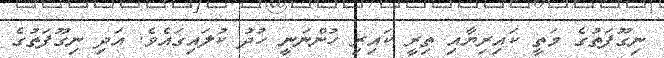
ނިގޫފަތުގެ މަތީ ކައިރިޔާއި ތިރީ ކައިރި ހުންނަނީ ހުދު ކުލައިގައެވެ. އަދި ނިގޫފަތުގެ